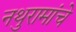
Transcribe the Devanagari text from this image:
नथुरामांचे